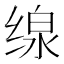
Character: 缐